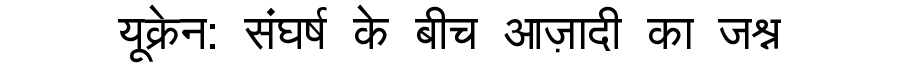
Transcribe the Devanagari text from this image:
यूक्रेन: संघर्ष के बीच आज़ादी का जश्न